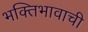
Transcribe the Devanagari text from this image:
भक्तिभावाची